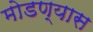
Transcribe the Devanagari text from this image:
मोडण्यास